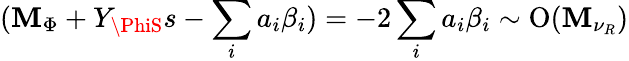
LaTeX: (\mathbf{M}_{\Phi}+Y_{\PhiS}s-\sum_{i}a_{i}\beta_{i})=-2\sum_{i}a_{i}\beta_{i}\sim\mathrm{{O}}(\mathbf{M}_{\nu_{R}})